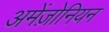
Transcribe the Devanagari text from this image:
अमेंज़ोनियन